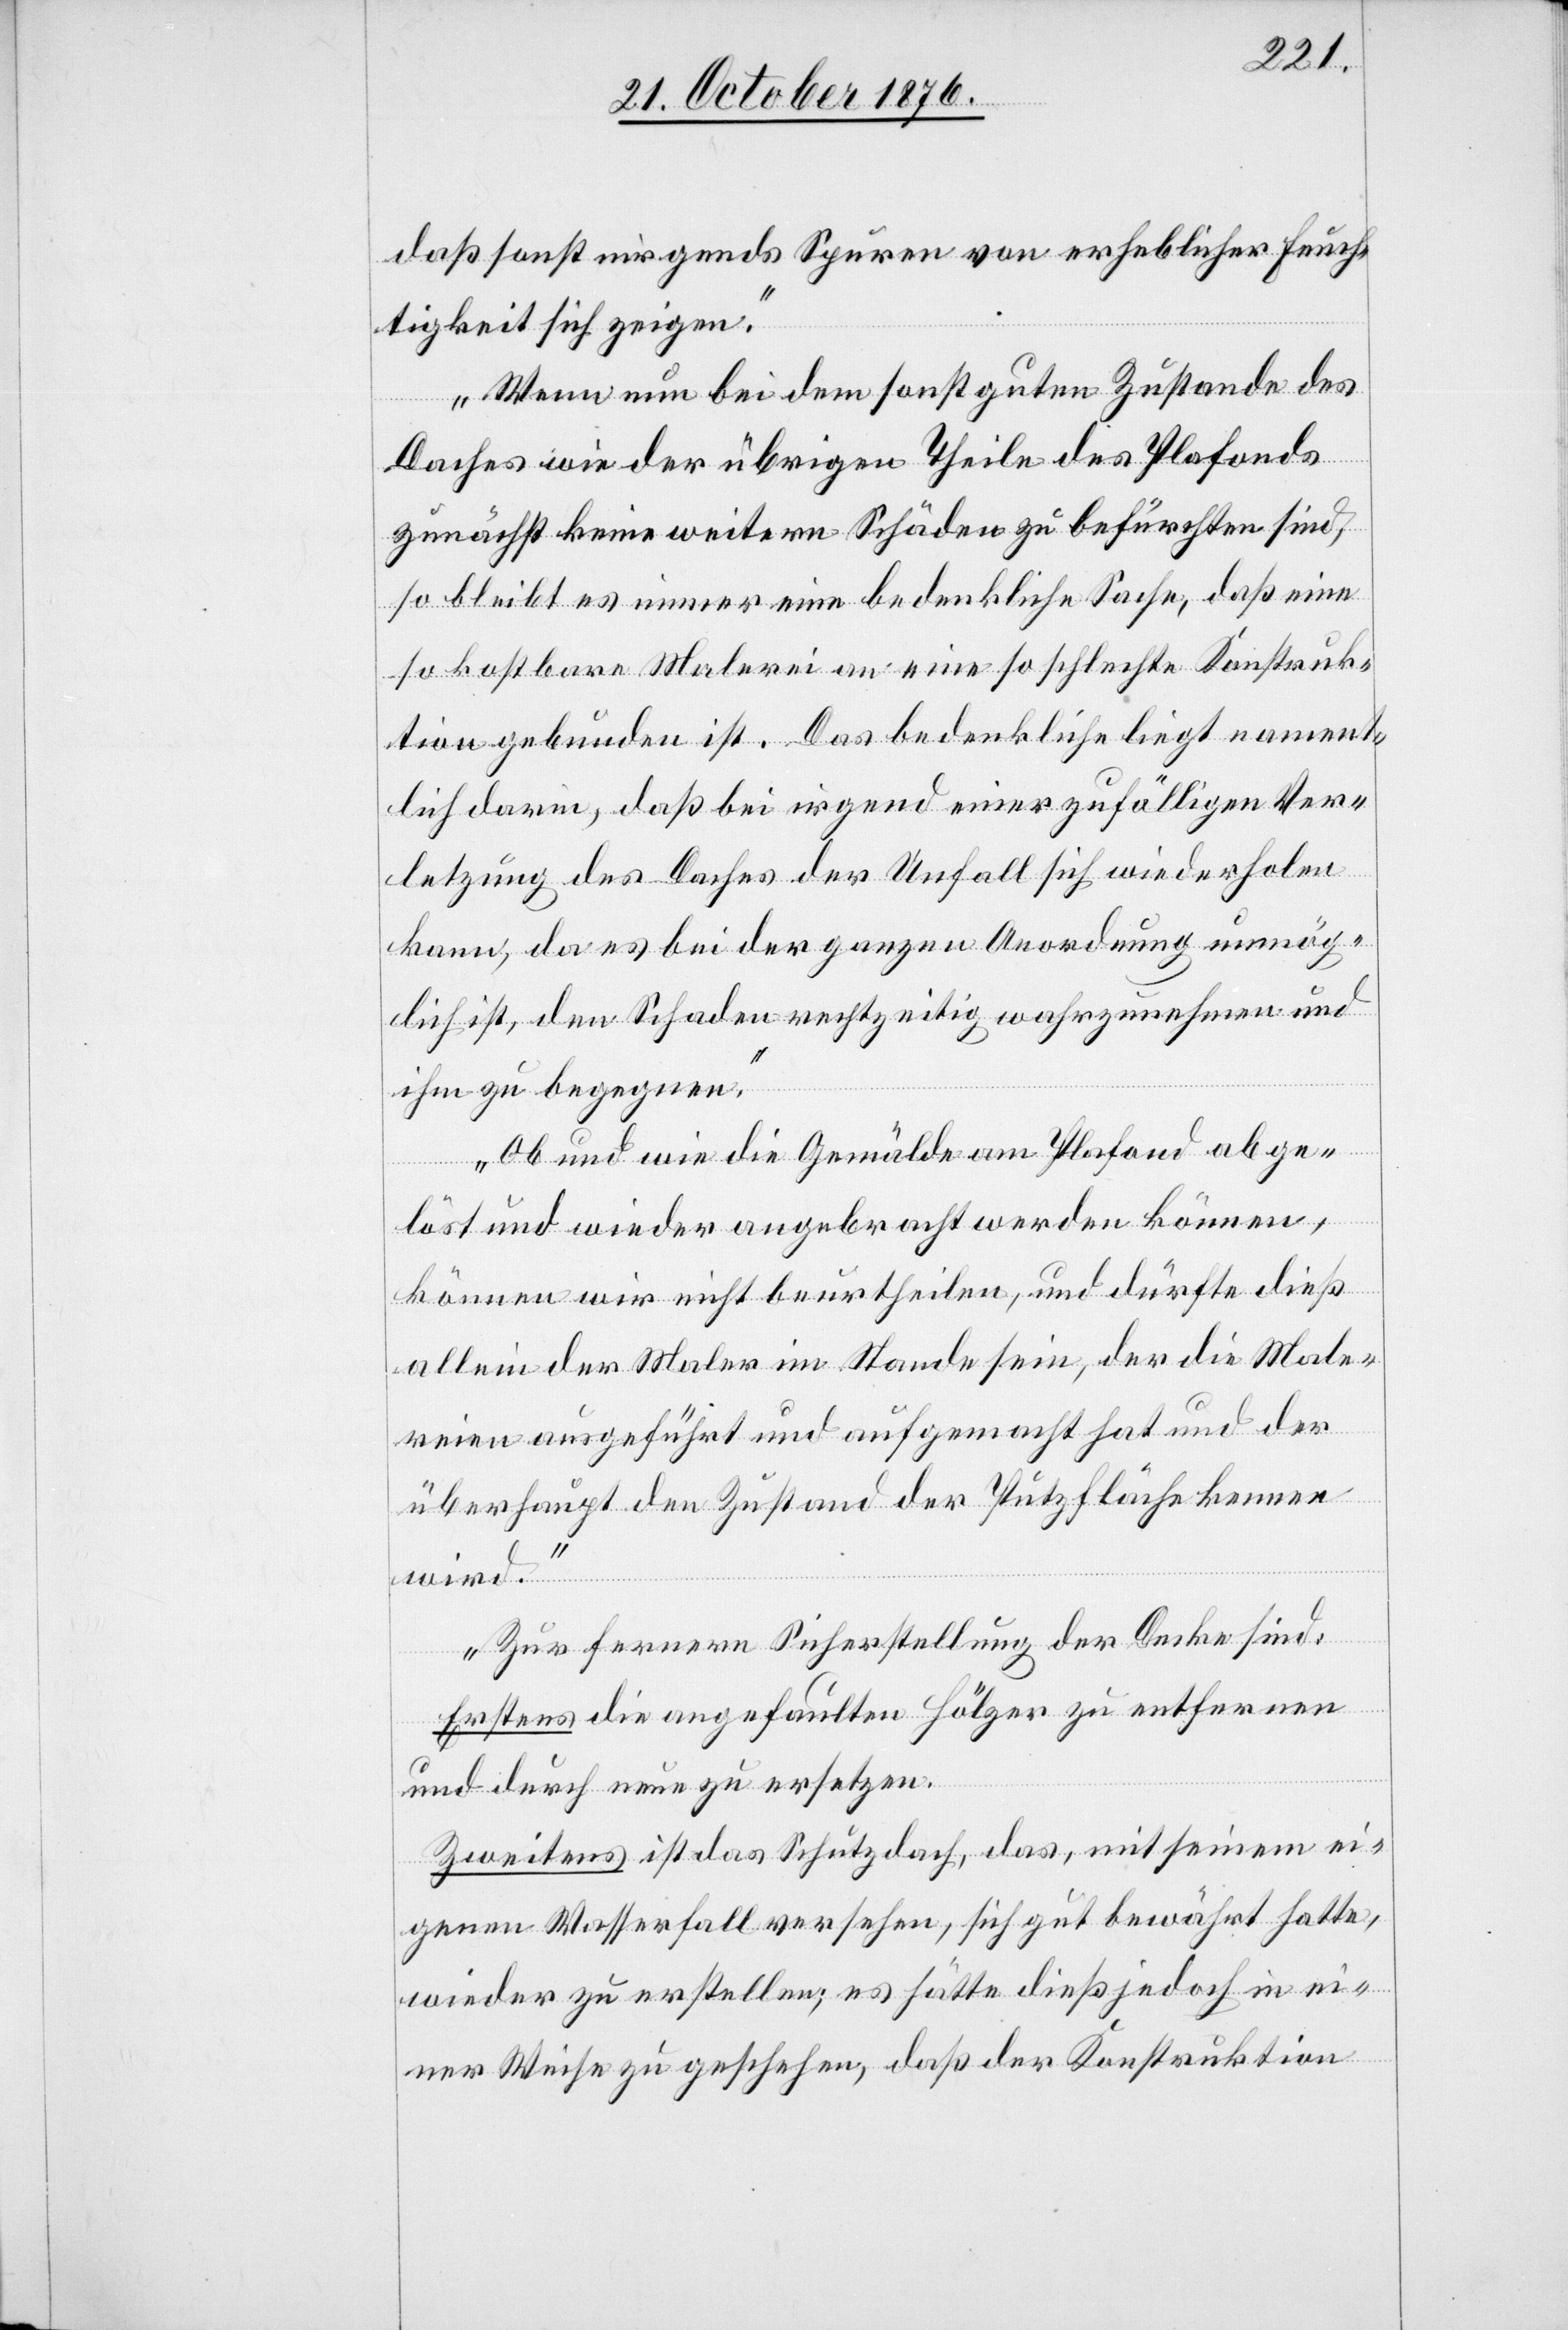
daß sonst nirgends Spuren von erheblicher Feuch¬
tigkeit sich zeigen.
Wenn nun bei dem sonst guten Zustande des
Daches wie der übrigen Theile des Plafonds
zunächst keine weitern Schäden zu befürchten sind,
so bleibt es immer eine bedenkliche Sache, das eine
so kostbare Malerei an eine so schlechte Konstruk¬
tion gebunden ist. Das bedenkliche liegt nament¬
lich darin, daß bei irgend einer zufälligen Ver¬
letzung des Daches der Unfall sich wiederholen
kann, da es bei der ganzen Anordnung unmög¬
lich ist, den Schaden rechtzeitig wahrzunehmen und
ihm zu begegnen.
Ob und wie die Gemälde am Plafond abge¬
löst und wieder angebracht werden können,
können wir nicht beurtheilen, und dürfte dieß
allein der Maler im Stande sein, der die Male¬
reien ausgeführt und aufgemacht hat und der
überhaupt den Zustand der Putzfläche kennen
wird.
Zur fernern Sicherstellung der Decke sind:
Erstens die angefaulten Hölzer zu entfernen
und durch neue zu ersetzen.
Zweitens ist das Schutzdach, das, mit seinem ei¬
genen Wasserfall versehen, sich gut bewährt hatte,
wieder zu erstellen; es hätte dieß jedoch in ei¬
ner Weise zu geschehen, daß der Konstruktion